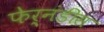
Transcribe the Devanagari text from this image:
फेर्नंडीस